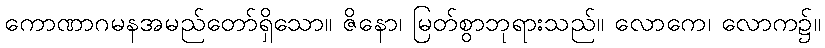
ကောဏာဂမနအမည်တော်ရှိသော။ ဇိနော၊ မြတ်စွာဘုရားသည်။ လောကေ၊ လောက၌။